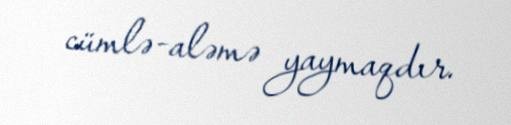
cümlə-aləmə yaymaqdır.